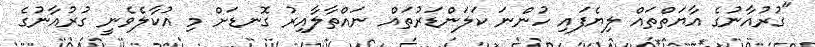
"ގުރުއާނުގެ އާޔަތްތައް ލިޔެފައި ހުންނަ ކަލަންޑަރުތައް ނައްތާލާއިރު ގޮނޑަށް މި އުކާލެވެނީ ގުރުއާނުގެ